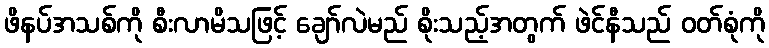
ဖိနပ်အသစ်ကို စီးလာမိသဖြင့် ချော်လဲမည် စိုးသည့်အတွက် ဖဲင်နီသည် ဝတ်စုံကို